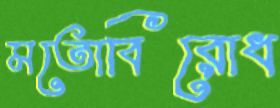
মতোবিরোধ